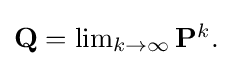
{\textstyle \mathbf {Q} =\lim _{k\to \infty }\mathbf {P} ^{k}.}